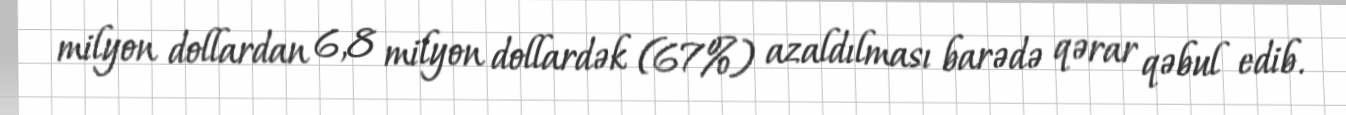
milyon dollardan 6,8 milyon dollardək (67%) azaldılması barədə qərar qəbul edib.